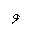
Letter: _waw